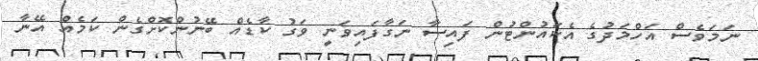
ނަމަވެސް އަހްމަދުގެ އެކައުންޓުން ފައިސާ ނަގާފައިވަނީ ވަގު ކާޑެއް ބޭނުންކޮށްގެން ކަމެއް އޭނާ